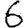
Digit: 6